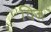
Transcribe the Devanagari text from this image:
चिज़